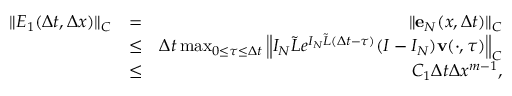
\begin{array} { r l r } { \| E _ { 1 } ( \Delta t , \Delta x ) \| _ { C } } & { = } & { \| { \bf e } _ { N } ( x , \Delta t ) \| _ { C } } \\ & { \leq } & { \Delta t \operatorname* { m a x } _ { 0 \leq \tau \leq \Delta t } \left\| { \cal I } _ { N } \tilde { L } e ^ { { \cal I } _ { N } \tilde { L } ( \Delta t - \tau ) } ( I - { \cal I } _ { N } ) { \bf v } ( \cdot , \tau ) \right\| _ { C } } \\ & { \leq } & { C _ { 1 } \Delta t \Delta x ^ { m - 1 } , } \end{array}